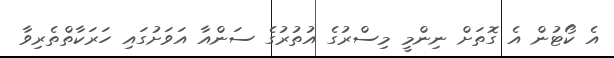
އެ ކޯޓުން އެ ގޮތަށް ނިންމީ މިސްރުގެ އުތުރުގެ ސަންއާ އަވަށުގައި ހަރަކާތްތެރިވާ